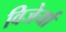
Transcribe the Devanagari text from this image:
विजेर्या